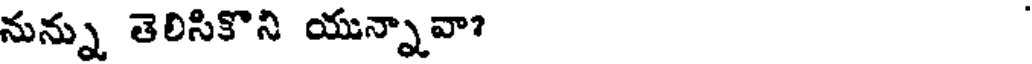
నున్ను తెలిసికొని యున్నావా?